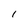
Character: I